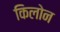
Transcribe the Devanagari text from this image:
किलोन